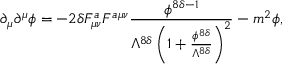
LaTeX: \partial _ { \mu } \partial ^ { \mu } \phi = - 2 \delta F _ { \mu \nu } ^ { a } F ^ { a \mu \nu } \frac { \phi ^ { 8 \delta - 1 } } { \Lambda ^ { 8 \delta } \left( 1 + \frac { \phi ^ { 8 \delta } } { \Lambda ^ { 8 \delta } } \right) ^ { 2 } } - m ^ { 2 } \phi ,